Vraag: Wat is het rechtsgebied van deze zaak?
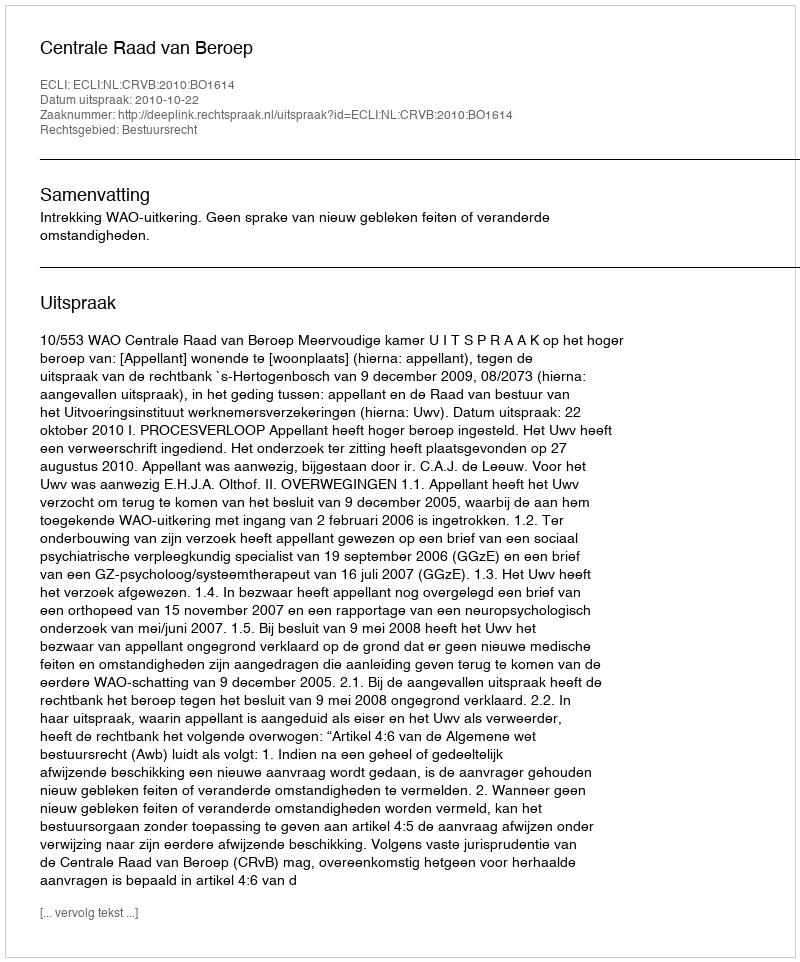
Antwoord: Bestuursrecht